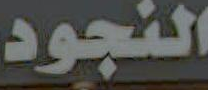
النجود